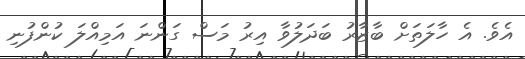
އެވެ. އެ ހާލަތަށް ބާޒާރު ބަދަލުވާ އިރު މަސް ގަންނަ އަމިއްލަ ކުންފުނި